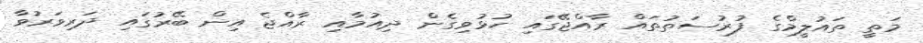
މަތީ ތައުލީމްގެ ފުރުސަތުތައް ރާއްޖޭގައި ހުޅުވިގެން ދިއުމާއި ރާއްޖެ އިން ބޭރުގައި ދަރިވަރުވާ